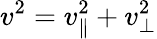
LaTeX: v^{2}=v_{\parallel}^{2}+v_{\perp}^{2}